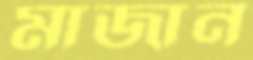
মাজান